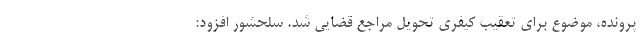
پرونده، موضوع برای تعقیب کیفری تحویل مراجع قضایی شد. سلحشور افزود: